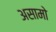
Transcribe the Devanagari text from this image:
असामो